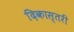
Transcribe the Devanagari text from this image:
दिकास्तरी